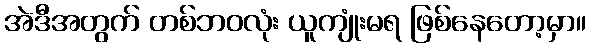
အဲဒီအတွက် တစ်ဘဝလုံး ယူကျုံးမရ ဖြစ်နေတော့မှာ။